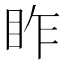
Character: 𥅁